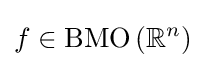
f\in \operatorname {BMO} \left(\mathbb {R} ^{n}\right)